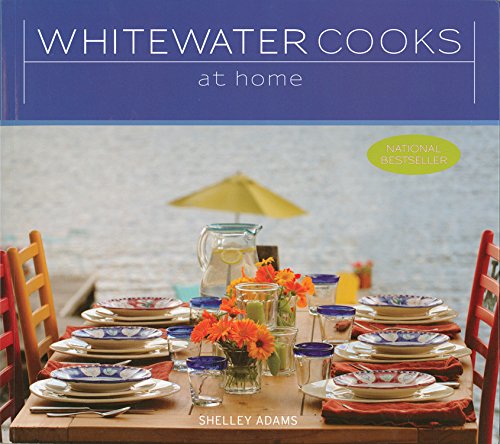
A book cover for Whitewater Cooks at Home; Shelley Adams; Cookbooks, Food & Wine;